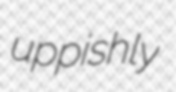
uppishly